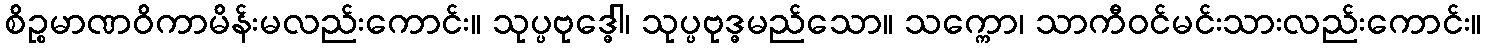
စိဉ္စမာဏဝိကာမိန်းမလည်းကောင်း။ သုပ္ပဗုဒ္ဓေါ၊ သုပ္ပဗုဒ္ဓမည်သော။ သက္ကော၊ သာကီဝင်မင်းသားလည်းကောင်း။